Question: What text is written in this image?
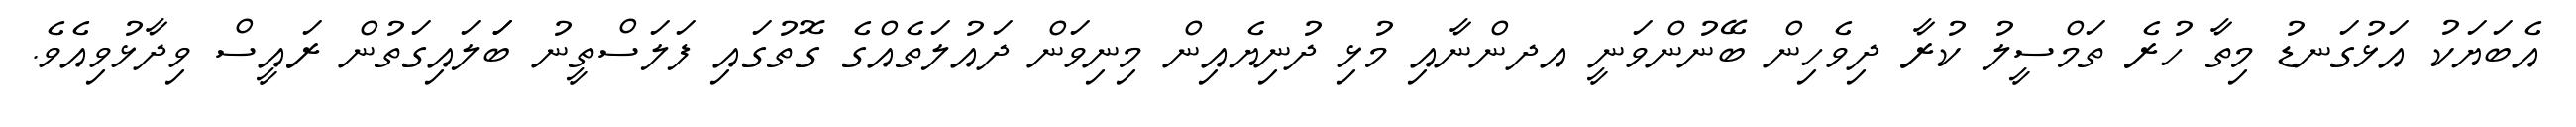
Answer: އެބަޔަކު އަޅުގަނޑު މިތާ ހުރެ ތަމްސީލު ކުރާ ދިވެހިން ބޭނުންވަނީ އދންނާއި މުޅި ދުނިޔެއިން މިނިވަން ދައުލަތެއްގެ ގޮތުގައި ފަލަސްތީނު ބަަލައިގަތުން ރައީސް ވިދާޅުވިއެވެ.